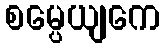
စမ္ပေယျကေ